Reports on military cantonments and civil stations in the Presidency of Bombay inspected by the Sanitary Commissioner in the years 1875 and 1876
Year: 1875
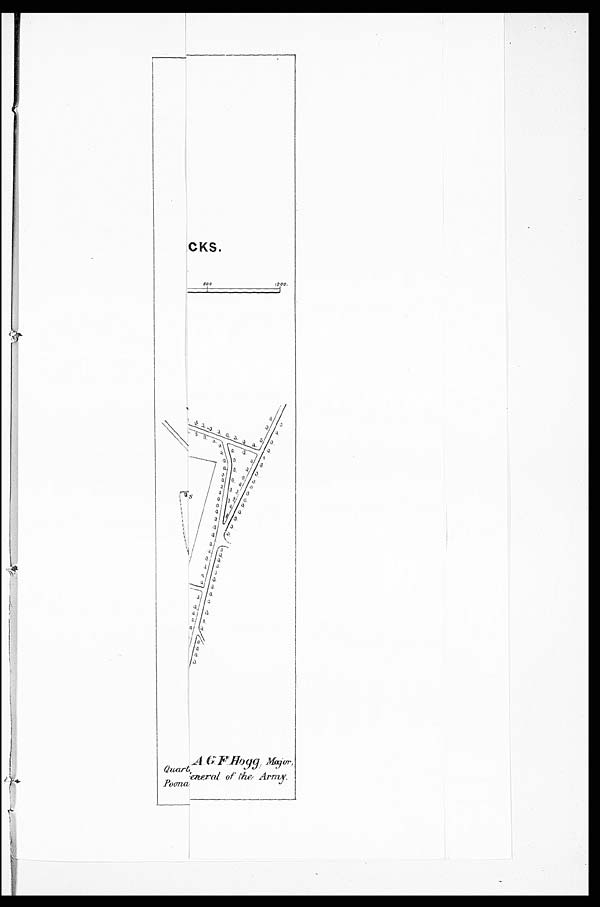
Quart General of the Army.
Poona